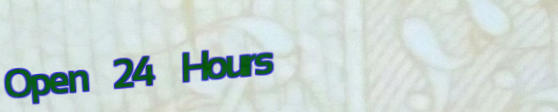
Open 24 Hours